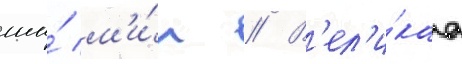
ши́ м'и́н // В'ел'и́каа